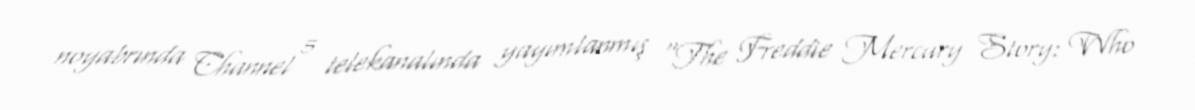
noyabrında Channel 5 telekanalında yayımlanmış "The Freddie Mercury Story: Who